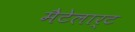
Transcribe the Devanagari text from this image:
मैटेलार्ट